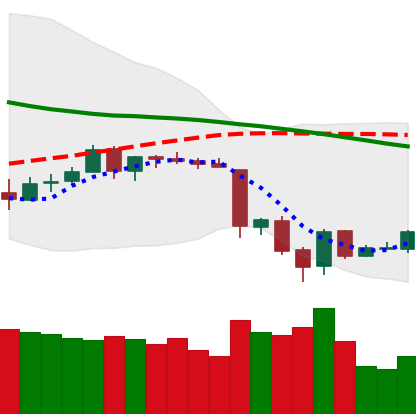
Ticker: ETH-USD
Chart end date: 2018-06-18
Forward return: -8.551%
Label: down_7plus